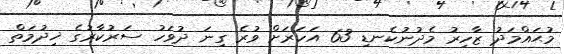
މުޙައްމަދު ޒާހިރު މެދުނުކެނޑި 63 އަހަރަށް ވުރެ ގިނަ ދުވަހު ސަރުކާރުގެ ޚިދުމަތް